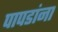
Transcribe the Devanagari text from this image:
पापडांना